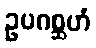
ဥပဂစ္ဆဟံ